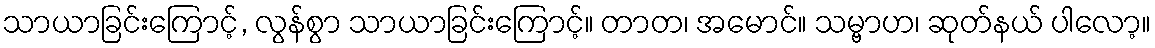
သာယာခြင်းကြောင့်, လွန်စွာ သာယာခြင်းကြောင့်။ တာတ၊ အမောင်။ သမ္ဗာဟ၊ ဆုတ်နယ် ပါလော့။